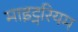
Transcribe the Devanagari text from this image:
माइट्नरियम